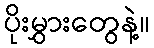
ပိုးမွှားတွေနဲ့။